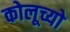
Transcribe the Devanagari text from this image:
कोलूच्यो